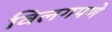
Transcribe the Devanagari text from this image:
विलगपणे